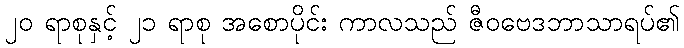
၂၀ ရာစုနှင့် ၂၁ ရာစု အစောပိုင်း ကာလသည် ဇီဝဗေဒဘာသာရပ်၏